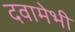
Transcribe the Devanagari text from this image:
दवामेभी